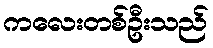
ကလေးတစ်ဦးသည်